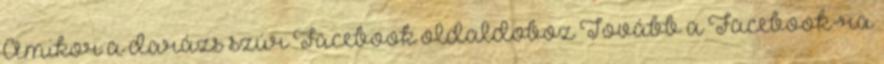
Amikor a darázs szúr Facebook oldaldoboz Tovább a Facebook-ra